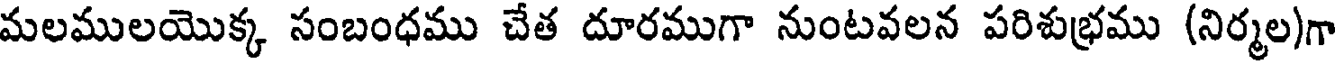
మలములయొక్క సంబంధము చేత దూరముగా నుంటవలన పరిశుభ్రము (నిర్మల)గా